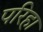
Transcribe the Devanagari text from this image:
परिहा